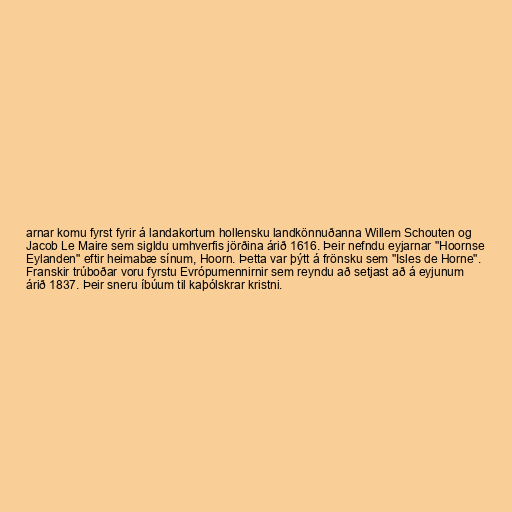
arnar komu fyrst fyrir á landakortum hollensku landkönnuðanna Willem Schouten og
Jacob Le Maire sem sigldu umhverfis jörðina árið 1616. Þeir nefndu eyjarnar "Hoornse
Eylanden" eftir heimabæ sínum, Hoorn. Þetta var þýtt á frönsku sem "Isles de Horne".
Franskir trúboðar voru fyrstu Evrópumennirnir sem reyndu að setjast að á eyjunum
árið 1837. Þeir sneru íbúum til kaþólskrar kristni.